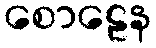
စောဠေန